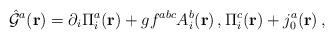
LaTeX: \begin{align*}{\hat {\cal G}}^{a}({\bf r})=\partial_{i}\Pi_{i}^{a}({\bf r})+gf^{abc}A_{i}^{b}({\bf r})\,,\Pi_{i}^{c}({\bf r})+j_{0}^{a}({\bf r})\,,\end{align*}